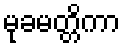
မုခမတ္တိကာ